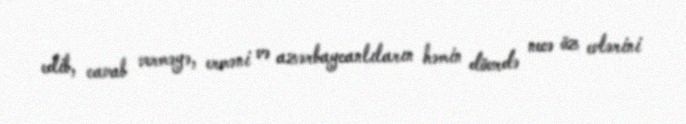
edib, cavab verməyə, erməni və azərbaycanlıların həmin dövrdə necə öz evlərini